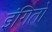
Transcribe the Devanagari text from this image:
इंगितों